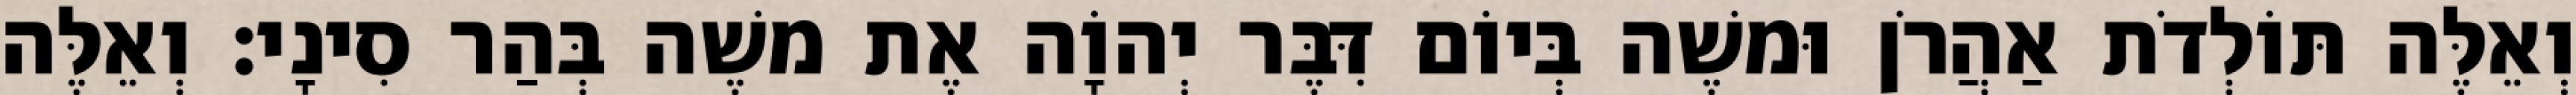
וְאֵלֶּה תּוֹלְדֹת אַהֲרֹן וּמשֶׁה בְּיוֹם דִּבֶּר יְהוָֹה אֶת משֶׁה בְּהַר סִינָי׃ וְאֵלֶּה